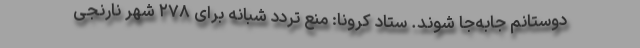
دوستانم جابه‌جا شوند. ستاد کرونا: منع تردد شبانه برای ۲۷۸ شهر نارنجی